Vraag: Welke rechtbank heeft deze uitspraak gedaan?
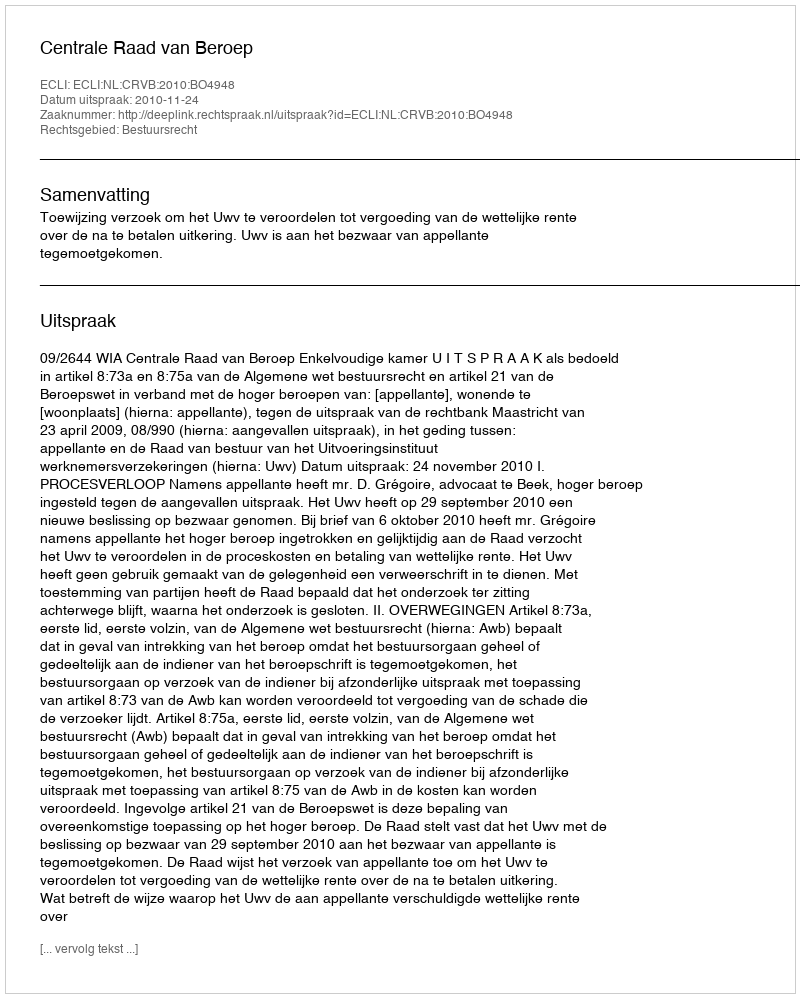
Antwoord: Centrale Raad van Beroep